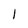
Character: 1